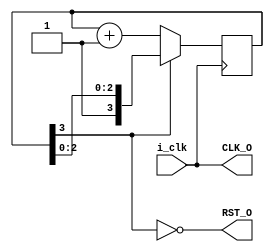
module hd44780_syscon(
    input i_clk,
    output RST_O,
    output CLK_O
);

// SYSCON ============================================================================================================================
// Wishbone-like syscon responsible for clock and reset.

//after https://electronics.stackexchange.com/questions/405363/is-it-possible-to-generate-internal-RST_O-pulse-in-verilog-with-machxo3lf-fpga
//tis worky, drops RST_O to 0 at 15 clocks. ADJUST THIS IF IT'S INSUFFICIENT. may want to differ with frequency, but it's an on-chip thing so many not need to
//so long as the speed check passes
reg [3:0] rst_cnt = 0;
wire RST_O = ~rst_cnt[3];       // My RST_O is active high, original was active low; I think that's why it was called rst_n
wire CLK_O;                     // avoid default_nettype error
always @(posedge CLK_O)         // see if I can use the output that way
    if( RST_O )                 // active high RST_O
        rst_cnt <= rst_cnt + 1;

assign CLK_O = i_clk;
// END SYSCON ========================================================================================================================

endmodule